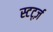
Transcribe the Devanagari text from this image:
स्टर्ट्ज़